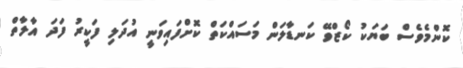
ކޮންމެވެސް ބަޔަކު ކޯޒްވޭ ކަނޑާލަން މަސައްކަތް ކޮށްފައިވަނީ އުދަލި ފަކީރު ފަދަ އާލާތް